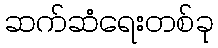
ဆက်ဆံရေးတစ်ခု